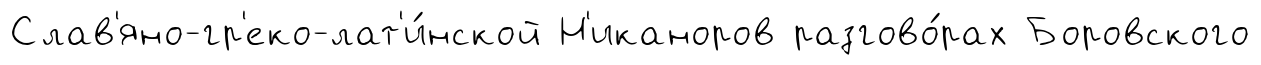
Слав'яно-гр'еко-лат'и́нской Н'иканоров разгово́рах Боровского